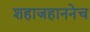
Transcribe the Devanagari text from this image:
शहाजहाननेच